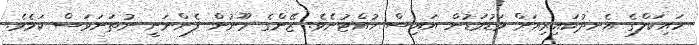
ހައިކަލްގެ އެނދުކައިރިއަށް މަޑުމަޑުން އައިސް ހުއްޓުނެވެ. ޒޭންގެ މޫނުން ފެންނަނީ ނުތަނަވަސް ކަމެވެ.